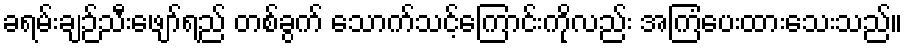
ခရမ်းချဉ်သီးဖျော်ရည် တစ်ခွက် သောက်သင့်ကြောင်းကိုလည်း အကြံပေးထားသေးသည်။